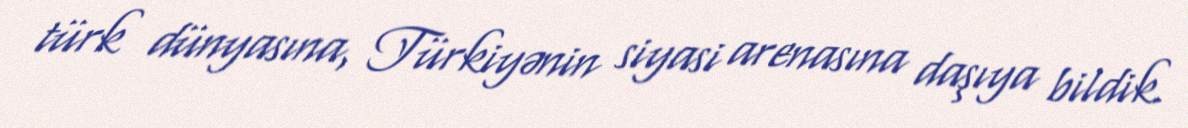
türk dünyasına, Türkiyənin siyasi arenasına daşıya bildik.